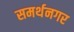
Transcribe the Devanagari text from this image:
समर्थनगर